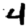
Digit: 4